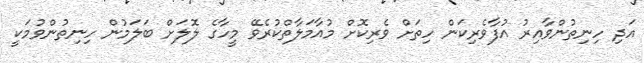
އަދި ހިނިތުންވާއިރު އުފާވެރިކަން ހިތަށް ވެރިކޮށް މުއާމަލާތްކުރެވޭ މީހާގެ ލޮލަށް ބަލަމުން ހިނިތުންވުމަކީ